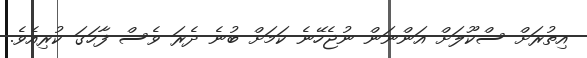
އިތުރަށް ސްކޫލަށް އަންނަން ނުޖެހޭނެ ކަމަށް ބުނެ ދެރަ ވެސް ފާހަގަ ކުރިއެވެ.